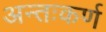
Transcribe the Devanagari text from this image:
अन्तःकर्ण